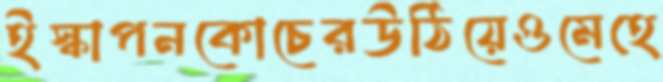
ইস্কাপনকোচেরউঠিয়েওমেহে